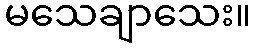
မသေချာသေး။